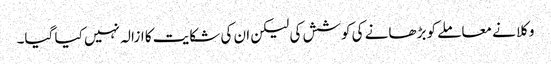
وکلا نے معاملے کو بڑھانے کی کوشش کی لیکن ان کی شکایت کا ازالہ نہیں کیا گیا۔